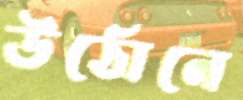
উঠোনে